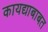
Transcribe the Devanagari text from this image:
कायद्याबाबत